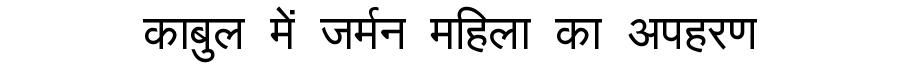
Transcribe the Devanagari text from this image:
काबुल में जर्मन महिला का अपहरण